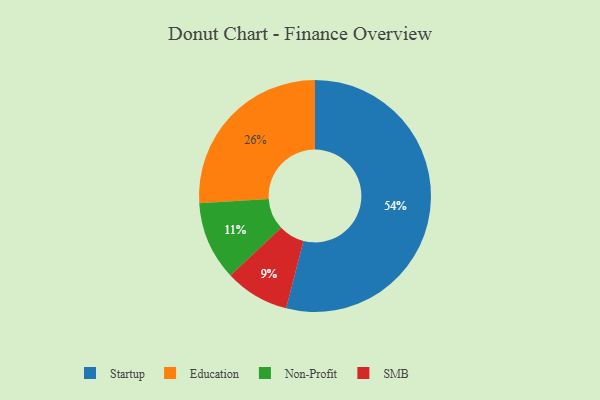
{"axis": {"x": "Category", "y": "Percentage"}, "legend": ["Education", "Non-Profit", "SMB", "Startup"], "data": [{"x": "Non-Profit", "y": 11, "type": "Non-Profit"}, {"x": "Education", "y": 26, "type": "Education"}, {"x": "Startup", "y": 54, "type": "Startup"}, {"x": "SMB", "y": 9, "type": "SMB"}]}